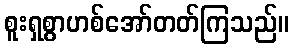
စူးရှစွာဟစ်အော်တတ်ကြသည်။